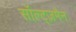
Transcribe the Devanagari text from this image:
सॉल्ट्ज़मैन